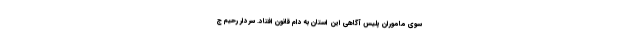
سوی ماموران پلیس آگاهی این استان به دام قانون افتاد. سردار رحیم ج